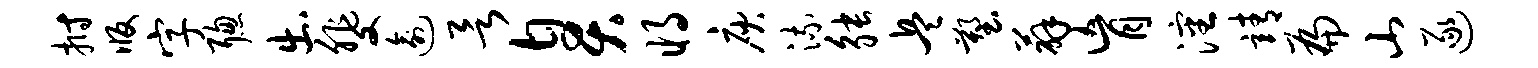
拊版字聪出斐逾欲臭将庾流觖兵塑薜肓沈靖扁山逐